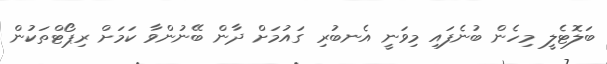
ބަލޮޓެލީ މިހެން ބުނެފައި މިވަނީ އެނބުރި ގައުމަށް ދާން ބޭނުންވާ ކަމަށް ރިޕޯޓްތަކުން